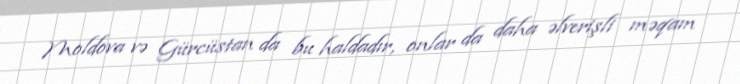
Moldova və Gürcüstan da bu haldadır, onlar da daha əlverişli məqam